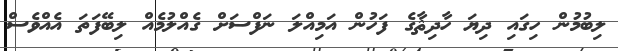
ލިބުމުން ހިގައި ދިޔަ ހާދިޘާގެ ފަހުން އަމިއްލަ ނަފްސަށް ގެއްލުމެއް ލިބޭފަތަ އެއްވެސް